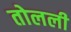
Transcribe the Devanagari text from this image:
तोलली